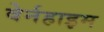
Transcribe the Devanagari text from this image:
वेर्नहाइम